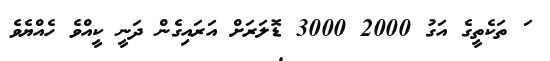
ަަަަަަަަަަަަަަަަަަަަަަަަަަަަަަަަަަަަަަ ތަކެތީގެ އަގު 2000 3000 ޑޮލަރަށް އަރައިގެން ދަނީ ކީއްވެ ހެއްޔެވެ